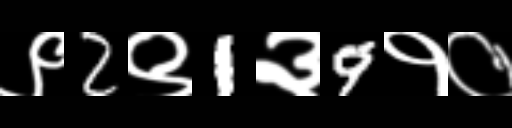
Text: ९2९1३9१०